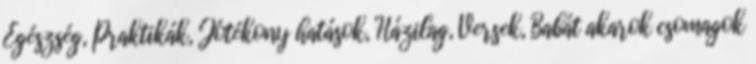
Egészség, Praktikák, Jótékony hatások, Házilag, Versek, Babát akarok csomagok